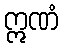
ဣဏံ